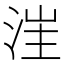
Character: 𣷪